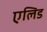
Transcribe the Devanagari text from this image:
एलिड